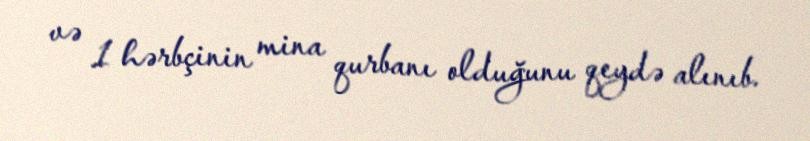
və 1 hərbçinin mina qurbanı olduğunu qeydə alınıb.